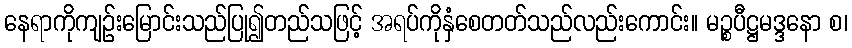
နေရာကိုကျဉ်းမြောင်းသည်ပြု၍တည်သဖြင့် အရပ်ကိုနှံစေတတ်သည်လည်းကောင်း။ မဉ္စပီဋ္ဌမဒ္ဒနော စ၊